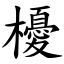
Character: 櫌